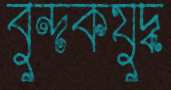
বুন্দকযুদ্ধ